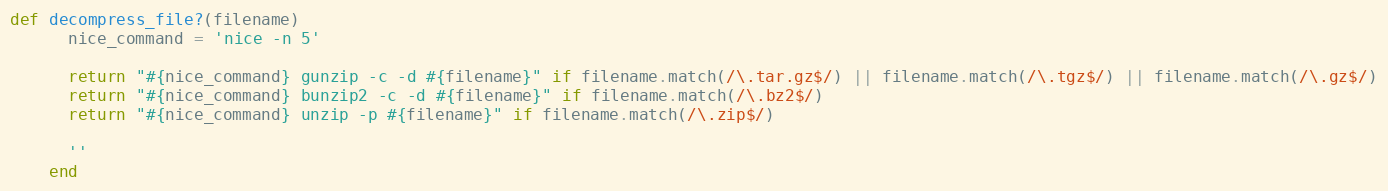
Language: Ruby
def decompress_file?(filename)
      nice_command = 'nice -n 5'

      return "#{nice_command} gunzip -c -d #{filename}" if filename.match(/\.tar.gz$/) || filename.match(/\.tgz$/) || filename.match(/\.gz$/)
      return "#{nice_command} bunzip2 -c -d #{filename}" if filename.match(/\.bz2$/)
      return "#{nice_command} unzip -p #{filename}" if filename.match(/\.zip$/)

      ''
    end